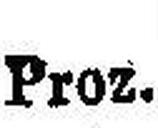
Proz.